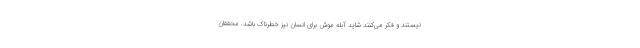
نیستند و فکر می‌کنند شاید آبله موش برای انسان نیز خطرناک باشد. محققان